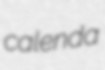
calenda